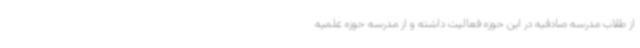
از طلاب مدرسه صادقیه در این حوزه فعالیت داشته و از مدرسه حوزه علمیه